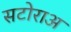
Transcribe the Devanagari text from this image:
सटोराअ